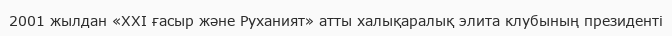
2001 жылдан «ХХІ ғасыр және Руханият» атты халықаралық элита клубының президенті